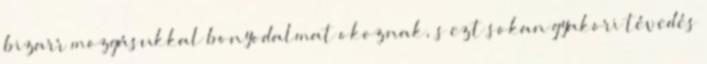
bizarr mozgásukkal bonyodalmat okoznak, s ezt sokan gyakori tévedés